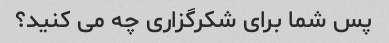
پس شما برای شکرگزاری چه می کنید؟